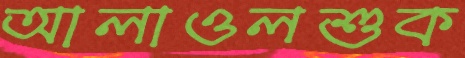
আলাওলশুক